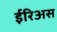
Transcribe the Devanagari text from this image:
ईरिअस